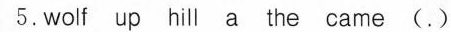
5.wolf up hill a the came(.)